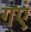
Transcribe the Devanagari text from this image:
गएं